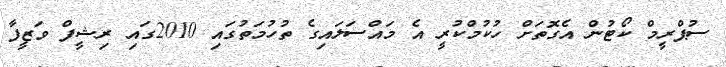
ސުޕްރީމް ކޯޓުން އެގޮތަށް ހުކުމްކުރީ އެ މައްސަލައިގެ ތުހުމަތުގައި 2010ގައި ރިޝީފް ވަޒީފާ